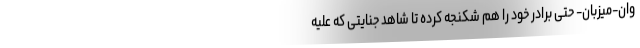
وان-میزبان- حتی برادر خود را هم شکنجه کرده تا شاهد جنایتی که علیه